Scottish Leaving Certificate Examination, 1951
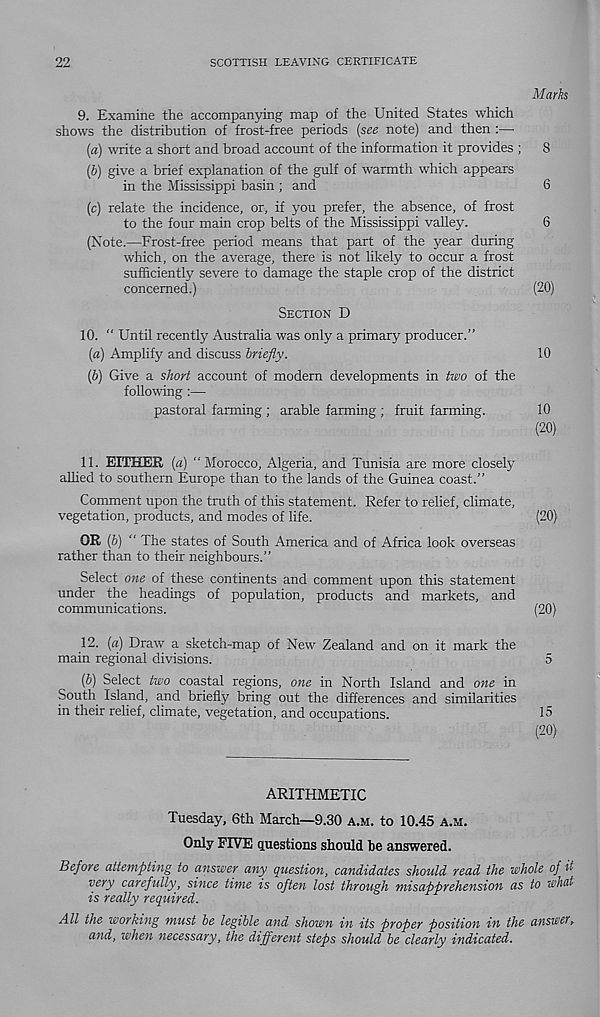
22
SCOTTISH LEAVING CERTIFICATE
Marks
9.
Examine the accompanying map of the United
shows the distribution of frost-free periods (see note) and then :—•
(a) write a short and broad account of the information it provides ;
8
{&) give a brief explanation of the gulf of warmth which appears
in the Mississippi basin ; and
6
(c) relate the incidence, or, if you prefer, the absence, of frost
to the four main crop belts of the Mississippi valley.
6
(Note.—Frost-free period means that part of the year during
which, on the average, there is not likely to occur a frost
sufficiently severe to damage the staple crop of the district
concerned.)
(20)
SECTION D
10.
“ Until recently Australia was only a primary
(a) Amplify and discuss briefly.
10
(b) Give a short account of modern developments in two of the
following:—
pastoral farming ; arable farming ; fruit farming.
10
(20)
11. EITHER (a) “Morocco, Algeria, and Tunisia are more closely
allied to southern Europe than to the lands of the Guinea coast.”
Comment upon the truth of this statement. Refer to relief, climate,
vegetation, products, and modes of life.
(20)
OR (b) ‘ ' The states of South America and of Africa look overseas
rather than to their neighbours.”
Select one of these continents and comment upon this statement
under the headings of population, products and markets, and
communications.
(20)
12. (a) Draw a sketch-map of New Zealand and on it mark the
main regional divisions.
5
{b) Select two coastal regions, one in North Island and one in
South Island, and briefly bring out the differences and similarities
in their relief, climate, vegetation, and occupations.
15
(20)
ARITHMETIC
Tuesday, 6th March—9.30 A.M. to 10.45 A.M.
Only FIVE questions should he answered.
Before attempting to answer any question, candidates should read the whole of it
very carefully, since time is often lost through misapprehension as to what
is really required.
All the working must be legible and shown in its proper position in the answer y
and, when necessary, the different steps should be clearly indicated.